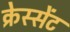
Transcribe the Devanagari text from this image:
क्रेस्सेंट